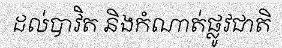
ដល់បាវិត និងកំណាត់ផ្លូវជាតិ